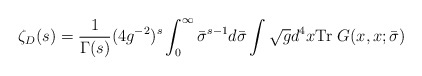
\begin{align*}\zeta_D(s) = \frac{1}{\Gamma(s)}(4g^{-2})^s\int_0^\infty \bar{\sigma}^{s-1} d\bar{\sigma}\int\sqrt{g}d^4x{\rm Tr}~G(x,x;\bar{\sigma})\end{align*}